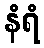
နံရံ